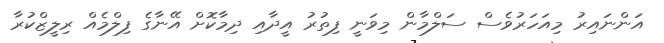
އަންނައިރު މިއަހަރުވެސް ސަލްމާން މިވަނީ ފިތުރު އީދާއި ދިމާކޮށް އޭނާގެ ފިލްމެއް ރިލީޒްކުރާ